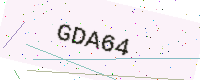
Text: GDA64